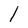
Character: l